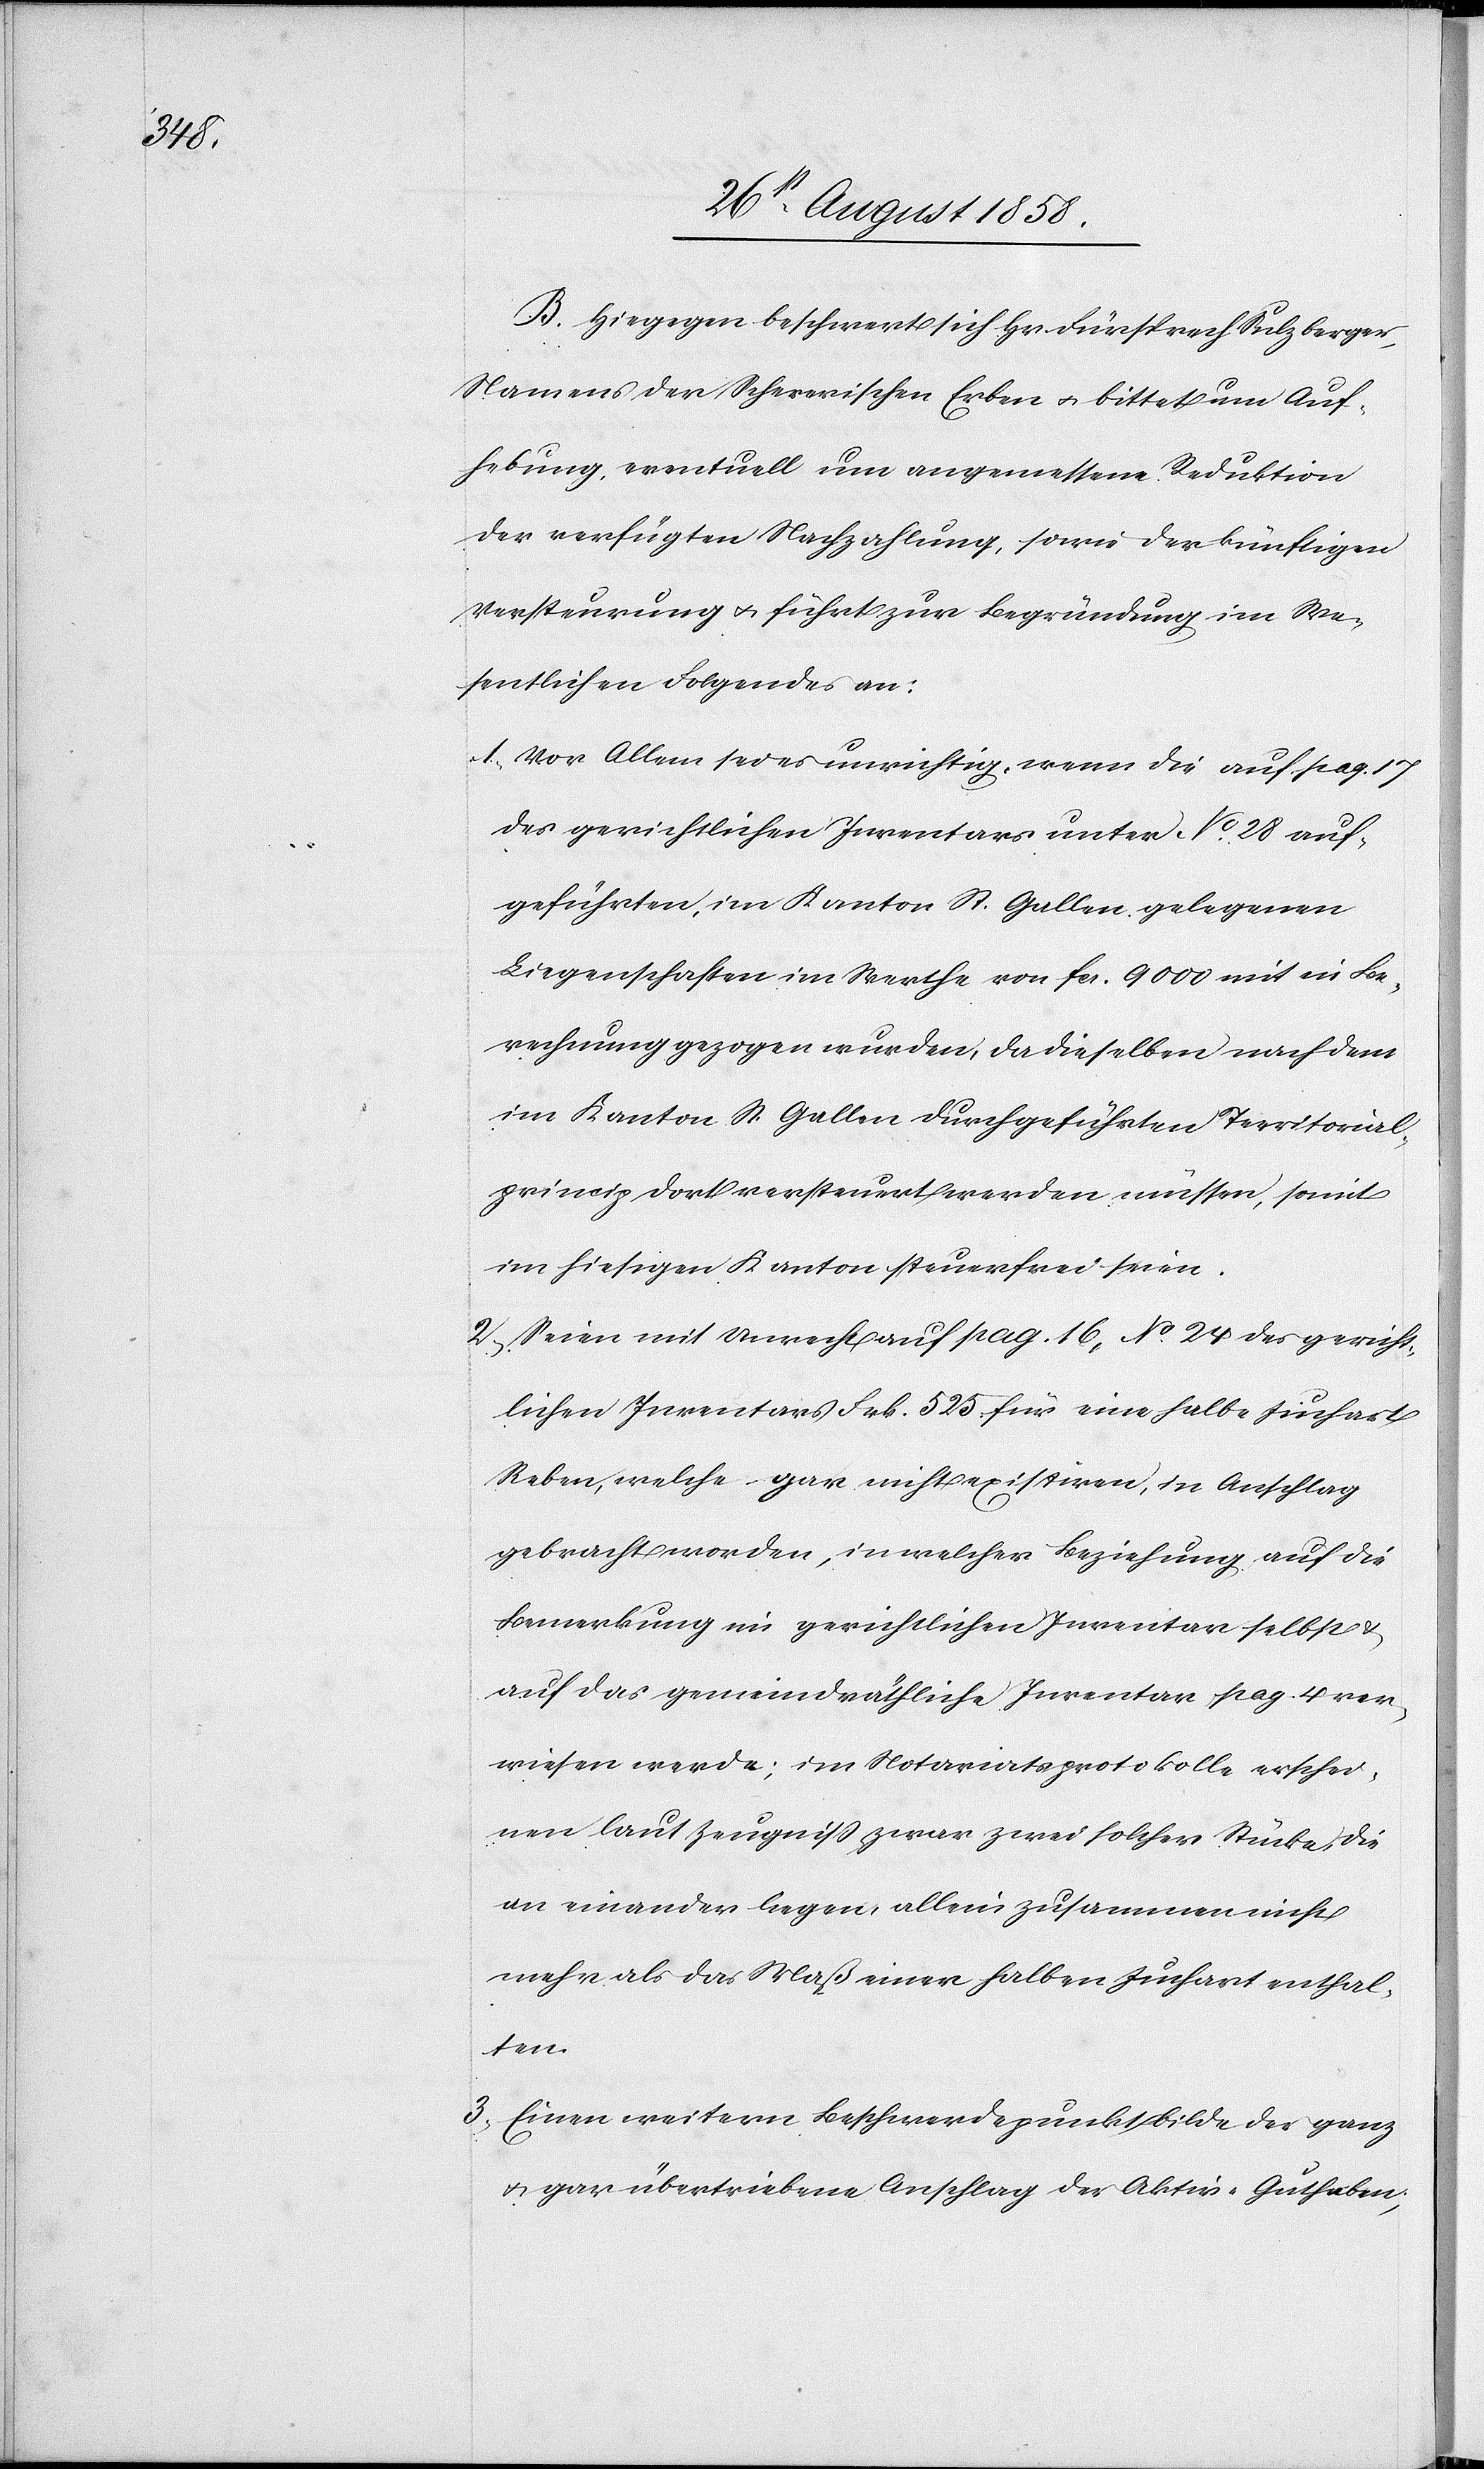
3.

B. Hiegegen beschwert sich Hr. Fürsprech Sulzberger,
Namens der Schererischen Erben & bittet um Auf¬
hebung, eventuell um angemessene Reduktion
der verfügten Nachzahlung, sowie der künftigen
Versteurung & führt zur Begründung im We¬
sentlichen Folgendes an:
Vor Allem sei es unrichtig, wenn die auf pag. 17
des gerichtlichen Inventars unter No. 28 auf¬
geführten, im Kanton St. Gallen gelegenen
Liegenschaften im Werthe von fcs. 9000 mit in Be¬
rechnung gezogen wurden, da dieselben nach dem
im Kanton St. Gallen durchgeführten Territorial¬
princip dort versteuert werden müssen, somit
im hiesigen Kanton steuerfrei seien.
Seien mit Unrecht auf pag. 16, No. 24 des gericht¬
lichen Inventars Frk. 525 für eine halbe Juchart
Reben, welche gar nicht existiren, in Anschlag
gebracht worden, in welcher Beziehung auf die
Bemerkung im gerichtlichen Inventar selbst &
auf das gemeindräthliche Inventar pag. 4 ver¬
wiesen werde; im Notariatsprotokolle erschei¬
nen laut Zeugniss zwar zwei solcher Stücke, die
an einander liegen, allein zusammen nicht
mehr als das Maß einer halben Juchart enthal¬
ten.
Einen weitern Beschwerdepunkt bilde der ganz
& gar übertriebene Anschlag der Aktiv-Guthaben;